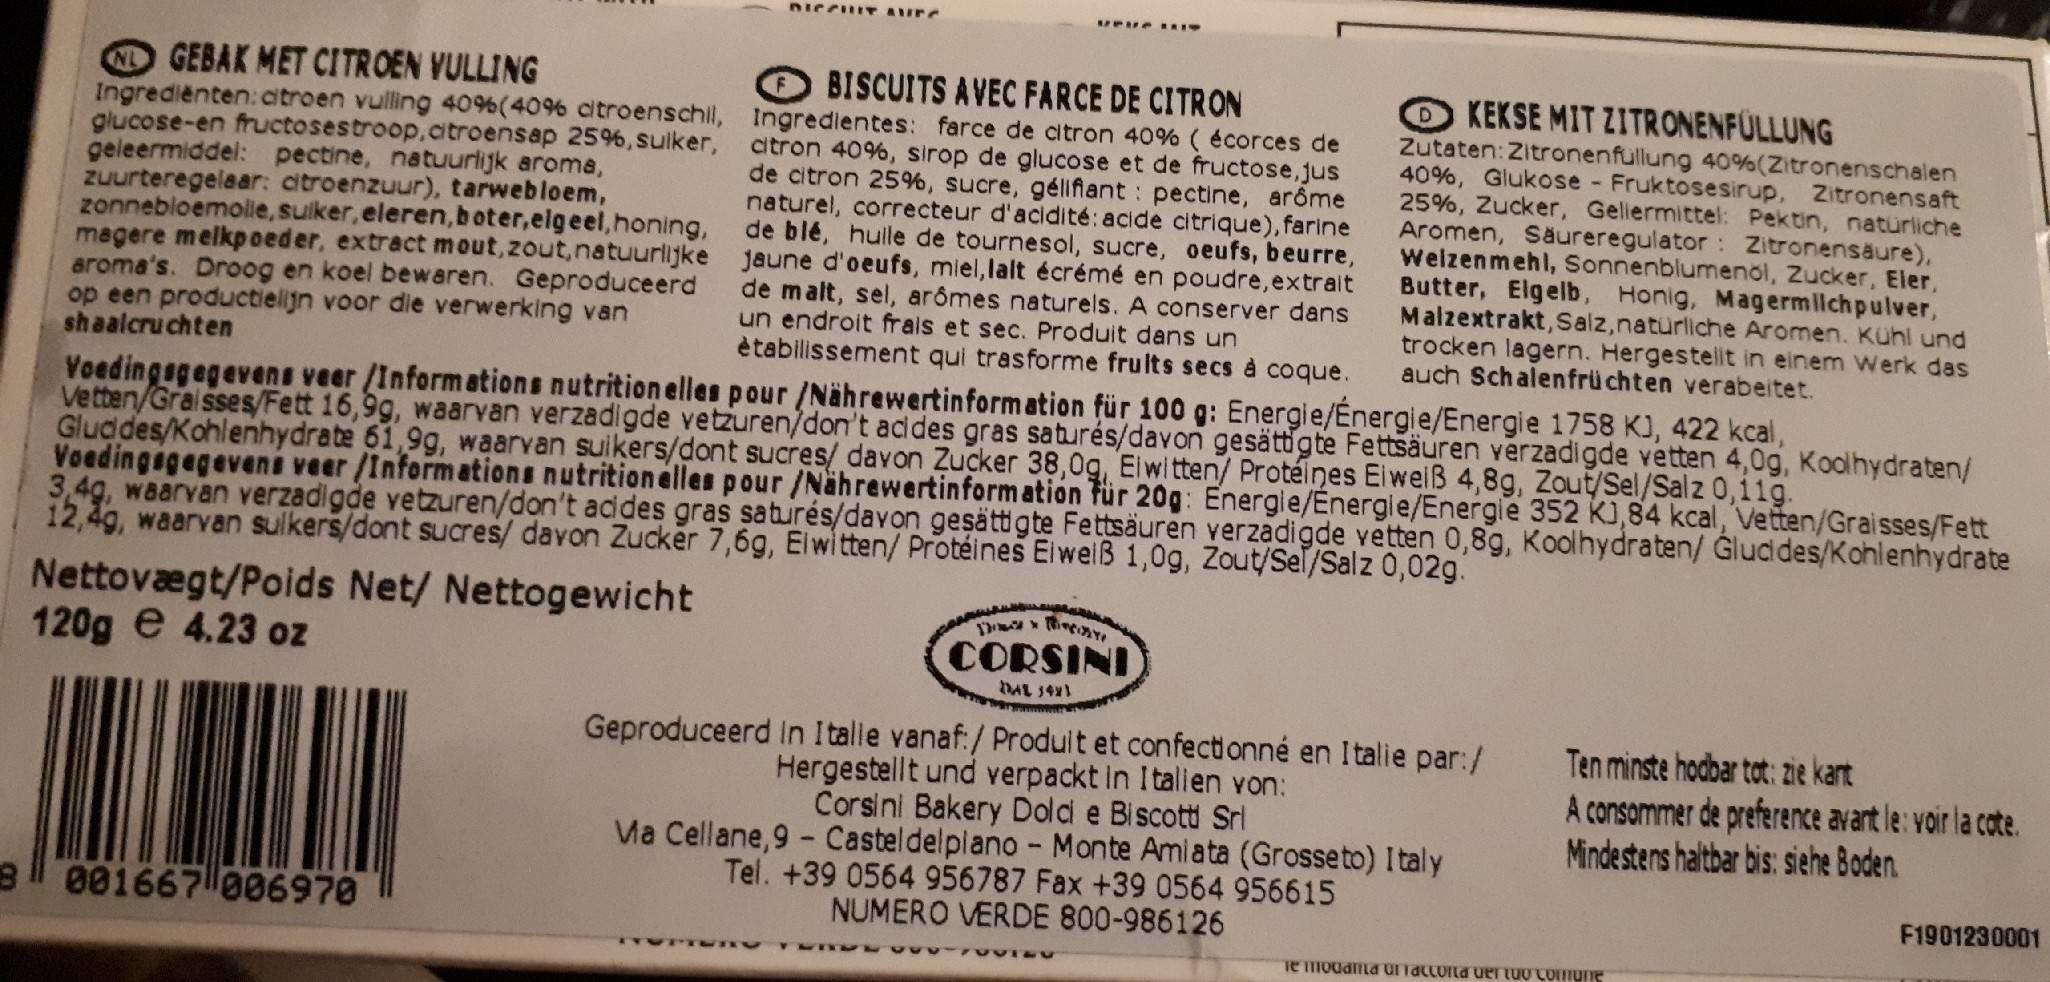
O GEBAK MET CITROEN VULLING Ingrediènten: citroen vulling 40%(40% citroenschil, Ingredientes: farce de citron 40% ( écorces de glucose-en fructosestroop,citroensap 25%, suiker, geleermiddel: pectine, natuurlijk aroma, zuurteregelaar: citroenzuur), tarwebloem, zonnebloemole, suiker, eleren, boter,elgeel,honing, magere melkpoeder, extract mout, zout,natuurljke jaune d'oeufs, miel,lalt écrémé en poudre, extrait aroma's. Droog en koel bewaren. Geproduceerd op een productielijn voor die verwerking van shaalcruchten
O BISCUITS AVEC FARCE DE CITRON
KEKSE MIT ZITRONENFÜLLUNG Zutaten: Zitronenfullung 40%(Zitronenschalen 40%, Glukose Fruktosesirup, Zitronensaft 25%, Zucker, Geliermittel: Pektin, natürliche Aromen, Säureregulator : Zitronensäure). Welzenmehl, Sonnenblumenol, Zucker, Eler, Butter, Elgelb, Honig, Magermlchpulver, Malzextrakt, Salz,naturliche Aromen. Kühl und trocken lagern. Hergestellit in einem Werk das auch Schalenfrüchten verabeitet.
D.
citron 40%, sirop de glucose et de fructose,jus de citron 25%, sucre, gélifiant : pectine, arôme naturel, correcteur d'acidité: acide citrique), farine de blé, huile de tournesol, sucre, oeufs, beurre,
de malt, sel, arômes naturels. A conserver dans un endroit frais et sec. Produit dans un ètabilissement qui trasforme frults secs à coque.
Voedingsgegevens veer /Informations nutrition elles pour /Nährewertinformation für 100 g: Energie/Energie/Energie 1758 K, 422 kcal, Vetten/Graisses/Fett 16,9g, waarvan verzadigde vetzuren/don't acides gras saturés/davon gesättigte Fettsäuren verzadigde vetten 4,0g, Koolhydraten/ Gluddes/Kohlenhydrate 61,9g, waarvan suikers/dont sucres/ davon Zucker 38,0g, Eiwi tten/ Protéines Eiweiß 4,8g, Zout/Sel/Salz 0,11g. Voedingagageveni veer /Informations nutrition elles pour /Nährewertinformation für 20g: Energie/Energie/Energie 352 K),84 kcal, Vetten/Graisses/Fett 3,49, waarvan verzadigde vetzuren/don't addes gras saturés/davon gesättigte Fettsäuren verzadigde vetten 0,89, Koolhydraten/ Gludides/Kohlenhydrate 12,49, waarvan sulkers/dont sucres/ davon Zucker 7,6g, Elwitten/ Protéines Eiweiß 1,0g, Zout/Sel/Salz 0,02g.
Nettovægt/Poids Net/ Nettogewicht 120g e 4.23 oz
CORSINI
DAL 1411
Geproduceerd in Italle vanaf:/ Produit et confectionné en Italie par:/ Hergestellt und verpackt in Italien von: Corsini Bakery Doldi e Biscotti Srl Ma Cellane,9 - Casteldelplano - Monte Amiata (Grosseto) Italy Tel. +39 0564 956787 Fax +39 0564 956615 NUMERO VERDE 800-986126
Ten minste hodbar tot: zie kart
A consommer de preference avant le: voir la cote. Mindestens haltbar bis: siehe Boden.
F1901230001
8 001667 006970
Te modamta UI TacCota uertuo Comune